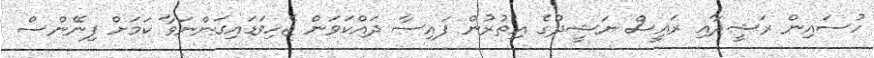
ހުސައިން ރަޝީދާއި ރައީސް ނަޝީދުގެ އިތުރުން ފައިސާ ދައްކަވަން ޖެހިވަޑައިގަންނަވާ ކަމަށް ފިނޭންސް